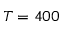
T = 4 0 0